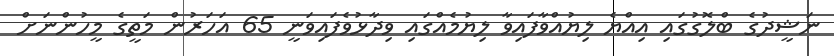
ނަޝީދުގެ ބްލޮގުގައި އިއްޔެ ލިޔުއްވާފައިވާ ލިޔުމެއްގައި ވިދާޅުވެފައިވަނީ 65 އަހަރުން މަތީގެ މީހުންނަށް